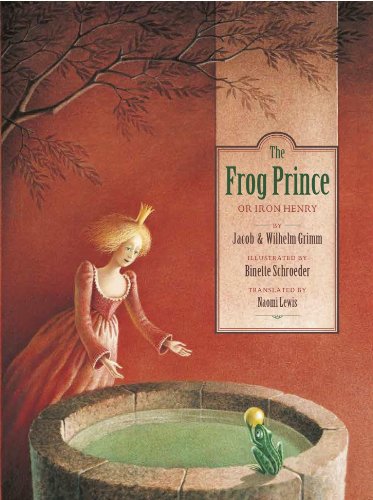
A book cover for The Frog Prince; J & W Grimm; Children's Books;